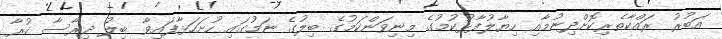
އަބުރު ރައްކާތެރިކޮށްދިނުމާއި ހިޔާލުފާޅުކުމުގެ މިނިވަންކަމުގެ ބިލުގެ ނަމުގައި ހުށަހަަޅާފައިވާ ބިލު ދިރާސާ ކުރާ